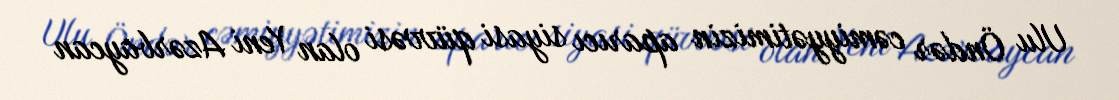
Ulu Öndər cəmiyyətimizin aparıcı siyasi qüvvəsi olan Yeni Azərbaycan